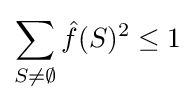
\sum _{S\neq \emptyset }{\hat {f}}(S)^{2}\leq 1